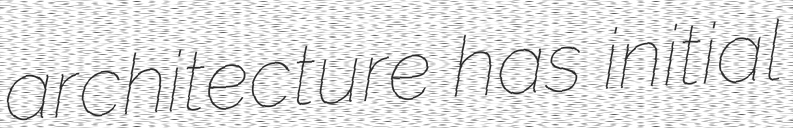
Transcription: architecture has initial